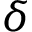
\delta